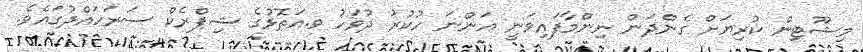
މިޝޫޓިން ކުރިޔަށް ގެންދަން ނިންމާފައިވަނީ އަންނަ ހުކުރު ދުވަހު ވ.އަތޮޅުގެ ޝިޕްރެކް ސަރަހައްދުގައެވެ.